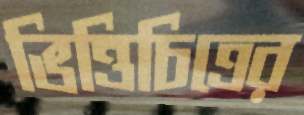
ভিত্তিচিত্রের